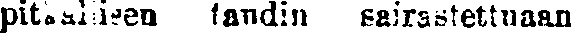
pitkällisen taudin sairastettuaan